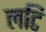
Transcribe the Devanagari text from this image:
लटि